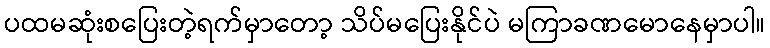
ပထမဆုံးစပြေးတဲ့ရက်မှာတော့ သိပ်မပြေးနိုင်ပဲ မကြာခဏမောနေမှာပါ။